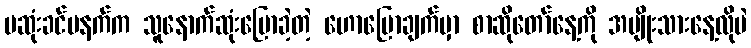
မဆုံးခင်မနက်က သူနောက်ဆုံးပြောခဲ့တဲ့ ဟောပြောချက်မှာ စာဆိုတော်နေ့ကို အမျိုးသားနေ့လိုပဲ